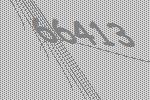
66413